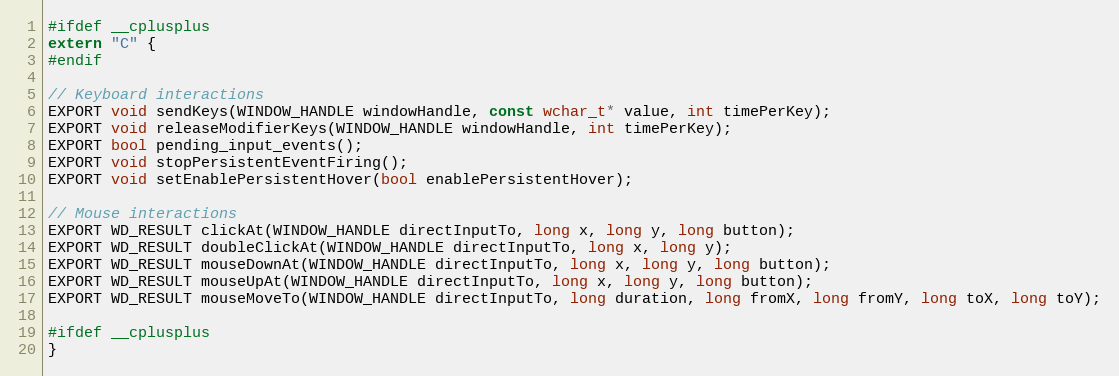
Language: C
#ifdef __cplusplus
extern "C" {
#endif

// Keyboard interactions
EXPORT void sendKeys(WINDOW_HANDLE windowHandle, const wchar_t* value, int timePerKey);
EXPORT void releaseModifierKeys(WINDOW_HANDLE windowHandle, int timePerKey);
EXPORT bool pending_input_events();
EXPORT void stopPersistentEventFiring();
EXPORT void setEnablePersistentHover(bool enablePersistentHover);

// Mouse interactions
EXPORT WD_RESULT clickAt(WINDOW_HANDLE directInputTo, long x, long y, long button);
EXPORT WD_RESULT doubleClickAt(WINDOW_HANDLE directInputTo, long x, long y);
EXPORT WD_RESULT mouseDownAt(WINDOW_HANDLE directInputTo, long x, long y, long button);
EXPORT WD_RESULT mouseUpAt(WINDOW_HANDLE directInputTo, long x, long y, long button);
EXPORT WD_RESULT mouseMoveTo(WINDOW_HANDLE directInputTo, long duration, long fromX, long fromY, long toX, long toY);

#ifdef __cplusplus
}